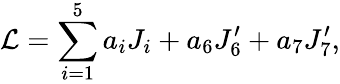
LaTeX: {\cal L}=\sum_{i=1}^{5}a_{i}J_{i}+a_{6}J_{6}^{\prime}+a_{7}J_{7}^{\prime},